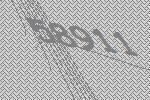
58911